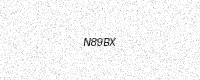
Text: N89BX